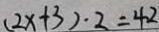
( 2 x + 3 ) \cdot 2 = 4 2